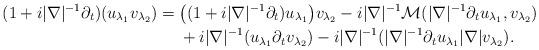
LaTeX: \begin{align*} (1+i |\nabla|^{-1}\partial_t)(u_{\lambda_1} v_{\lambda_2})={}& \big( (1+i |\nabla|^{-1}\partial_t) u_{\lambda_1}\big) v_{\lambda_2}-i |\nabla|^{-1}\mathcal{M}( |\nabla|^{-1}\partial_tu_{\lambda_1},v_{\lambda_2} )\\&{}+i|\nabla|^{-1}( u_{\lambda_1} \partial_t v_{\lambda_2})-i|\nabla|^{-1}( |\nabla|^{-1} \partial_t u_{\lambda_1} |\nabla| v_{\lambda_2}).\end{align*}